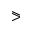
\eqslantgtr